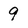
Character: 9